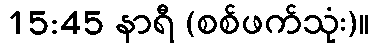
15:45 နာရီ (စစ်ဖက်သုံး)။